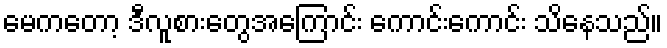
မေကတော့ ဒီလူစားတွေအကြောင်း ကောင်းကောင်း သိနေသည်။